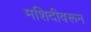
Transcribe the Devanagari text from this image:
मशिदीवरून